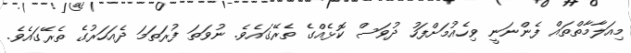
މިއަލާމާތްތައް ފެންނަނީ ވިހެއުމަށްފަހު ދުވަސް ކޮޅެއްގެ ތެރޭގައެވެ. ނުވަަތަ ފުރަތަމަ ދެއަހަރުގެ ތެރޭގައެވެ.